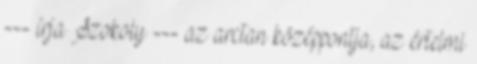
--- írja Szokoly --- az arctan középpontja, az értelmi